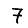
Digit: 7